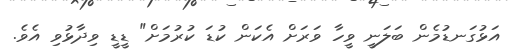
އަޅުގަނޑުމެން ބަލަނީ ވީހާ ވަރަށް އެކަން ކުޑަ ކުރުމަށް" ޑީޑީ ވިދާޅުވި އެވެ.